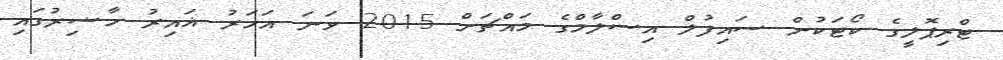
ޓްރިޕޮލީގެ ކޯޓަކުން ސައިފުލް އިސްލާމްގެ މައްޗަށް 2015 ވަނަ އަހަރު ޣައިރު ހާޟިރުގައި